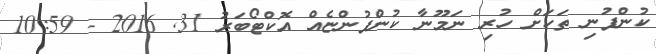
ކުންފުނި ތަކަށް ހުރި ނަމޫނާ ކުންފުންޏެއް އޮކްޓޯބަރު 31